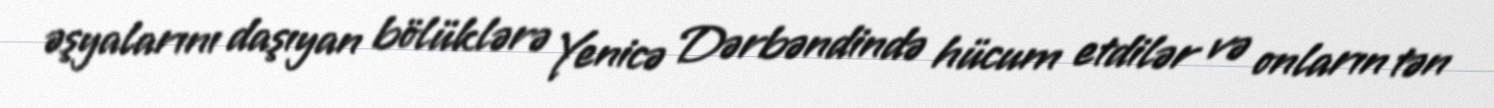
əşyalarını daşıyan bölüklərə Yenicə Dərbəndində hücum etdilər və onların tən